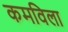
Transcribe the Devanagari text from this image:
कमविला